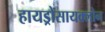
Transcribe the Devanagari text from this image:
हायड्रोसायक्लोन